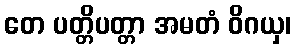
တေ ပတ္တိပတ္တာ အမတံ ဝိဂယှ၊